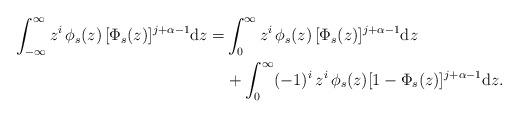
LaTeX: \begin{align*}\int_{-\infty}^\infty z^i\,\phi_s(z)\,[\Phi_s(z)]^{j+\alpha-1}\mathrm{d}z=&\int_0^\infty z^i\,\phi_s(z)\,[\Phi_s(z)]^{j+\alpha-1}\mathrm{d}z\\&+ \int_0^\infty (-1)^i\,z^i\,\phi_s(z)[1-\Phi_s(z)]^{j+\alpha-1}\mathrm{d}z.\end{align*}